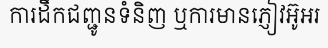
ការដឹកជញ្ជូនទំនិញ ឬការមានភ្ញៀវអ៊ូអរ